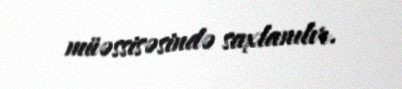
müəssisəsində saxlanılır.